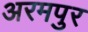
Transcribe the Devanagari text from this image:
अरमपुर